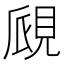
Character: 覛